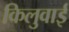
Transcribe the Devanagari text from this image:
किलुवाई